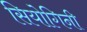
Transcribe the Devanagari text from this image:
सियोगिनी